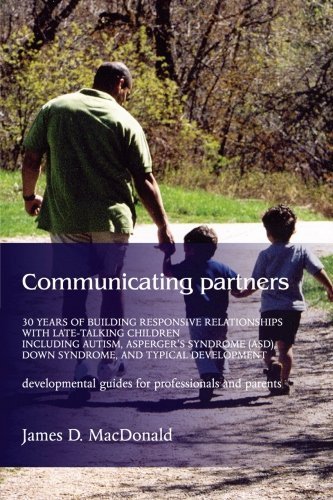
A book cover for Communicating Partners: 30 Years of Building Responsive Relationships with Late-Talking Children including Autism, Asperger's Syndrome (ASD), Down Syndrome, and Typical Developement by MacDonald, James D. (2004) Paperback; James D. MacDonald; Health, Fitness & Dieting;